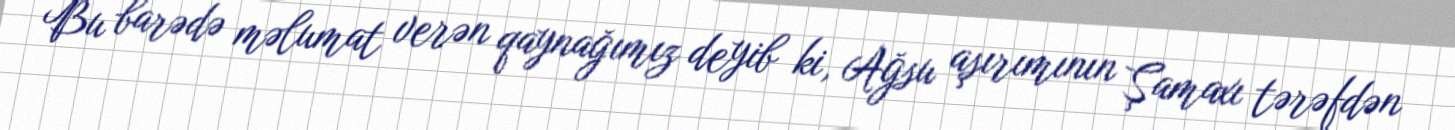
Bu barədə məlumat verən qaynağımız deyib ki, Ağsu aşırımının Şamaxı tərəfdən